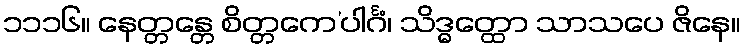
၁၁၁၆။ နေတ္တန္တေ စိတ္တကေ’ပါင်္ဂံ၊ သိဒ္ဓတ္ထော သာသပေ ဇိနေ။